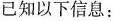
已知以下信息：